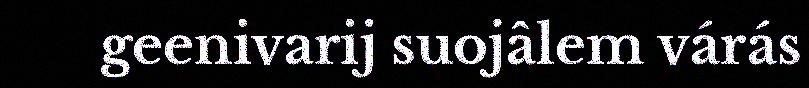
geenivarij suojâlem várás